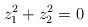
\begin{align*} z_1^2 + z_2^2 = 0\end{align*}